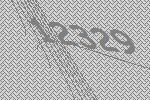
12329